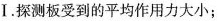
Ⅰ.探测板受到的平均作用力大小；